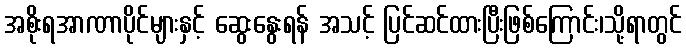
အစိုးရအာဏာပိုင်များနှင့် ဆွေးနွေးရန် အသင့် ပြင်ဆင်ထားပြီးဖြစ်ကြောင်း၊သို့ရာတွင်